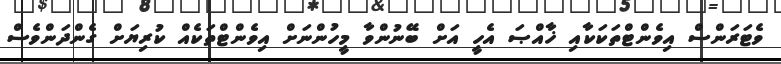
ވެޓަރަންސް އިވެންޓްތަކަކާއި ޚާއްޞަ އެހީ އަށް ބޭނުންވާ މީހުންނަށް އިވެންޓްތަކެއް ކުރިޔަށް ގެންދަންވެސް